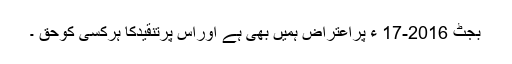
بجٹ 2016-17 ء پراعتراض ہمیں بھی ہے اوراِس پرتنقیدکا ہرکسی کوحق ۔